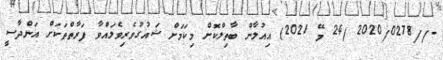
-//2020/0278 (24 މޭ 2021) އިއުލާން ބާތިލްކޮށް މިކަމަށް ޝައުގުވެރިވެލައްވާ ފަރާތްތަކަށް އަންދާސީ